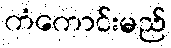
ကံကောင်းမည်